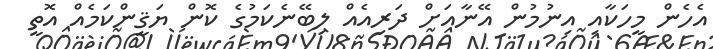
އެހެން މީހަކާއި އިނުމުން އޭނާއަށް ދަރިއެއް ލިބޭނެކަމުގެ ކޮން ޔަޤީންކަމެއް އޮތީ